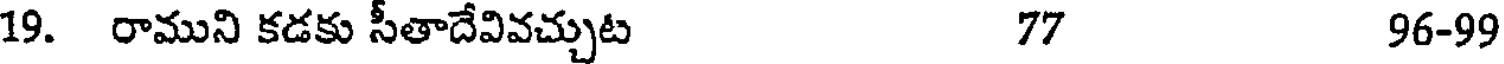
19. రాముని కడకు సీతాదేవివచ్చుట 77 96-99